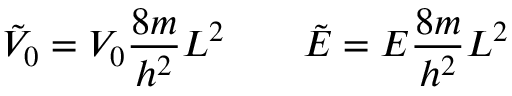
{ \tilde { V } } _ { 0 } = V _ { 0 } { \frac { 8 m } { h ^ { 2 } } } L ^ { 2 } \qquad { \tilde { E } } = E { \frac { 8 m } { h ^ { 2 } } } L ^ { 2 }